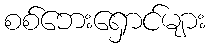
စစ်ဘေးရှောင်များ